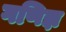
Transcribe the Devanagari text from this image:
गणिज्ञ